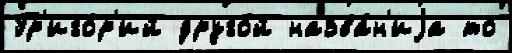
Гр'иго́р'ий друго́й назва́н'иjа то